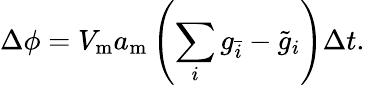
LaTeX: \Delta\phi=V_{\mathrm{m}}a_{\mathrm{m}}\left(\sum_{i}g_{\bar{i}}-\tilde{g}_{i}\right)\Delta t.